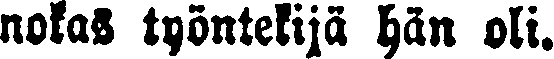
nokas työntekijä hän oli.